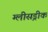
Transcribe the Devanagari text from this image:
ग्लीसड्रीक